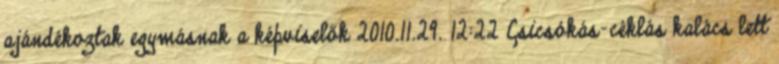
ajándékoztak egymásnak a képviselők 2010.11.29. 12:22 Csicsókás-céklás kalács lett